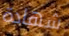
شهادة